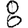
Digit: 8